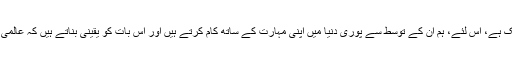
چونکہ مائیکروسافٹ کی پہنچ پوری دنیا تک ہے، اس لئے، ہم ان کے توسط سے پوری دنیا میں اپنی مہارت کے ساتھ کام کرتے ہیں اور اس بات کو یقینی بناتے ہیں کہ عالمی صنعتوں میں پاکستان کا حصہ شامل رہے۔